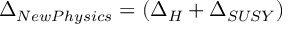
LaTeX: \Delta _ { N e w P h y s i c s } = ( \Delta _ { H } + \Delta _ { S U S Y } )